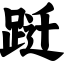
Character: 跹